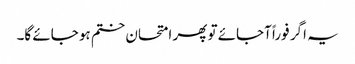
یہ اگر فوراً آجائے تو پھر امتحان ختم ہو جائے گا۔